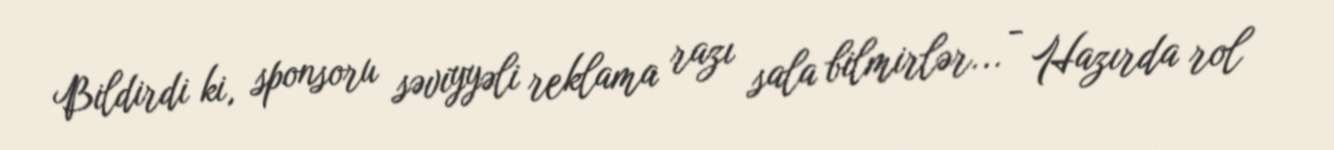
Bildirdi ki, sponsoru səviyyəli reklama razı sala bilmirlər... - Hazırda rol